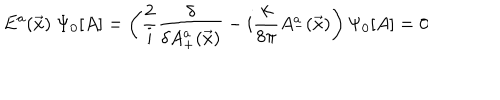
LaTeX: E ^ { a } ( \vec { x } ) ~ \Psi _ { 0 } [ A ] = \left( \frac { 2 } { i } \frac { \delta } { \delta A _ { + } ^ { a } ( \vec { x } ) } - i \frac { k } { 8 \pi } A _ { - } ^ { a } ( \vec { x } ) \right) \Psi _ { 0 } [ A ] = 0